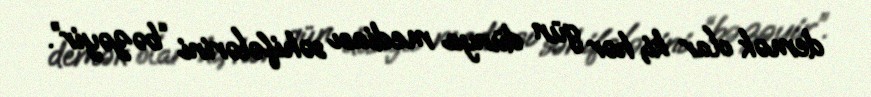
demək olar ki, hər gün dünya mediası səhifələrini “bəzəyir”.